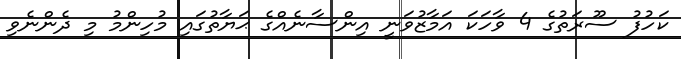
ކަހުފު ސޫރަތުގެ 4 ވާހަކަ އަމާޒުވަނީ އިންސާނެއްގެ ޙަޔާތުގައި މުހިންމު މި ދެންނެވި